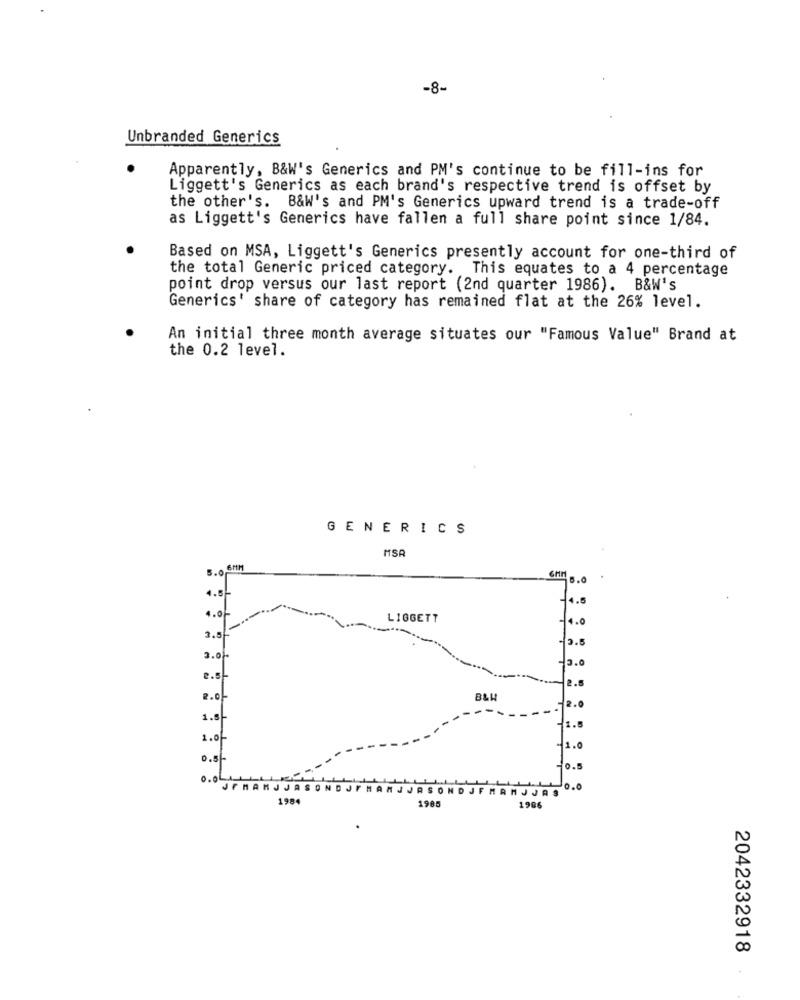
-8-
Unbranded Generics
Apparently, B&W's Generics and PM's continue to be fill-ins for
Liggett's Generics as each brand's respective trend is offset by
the other's. B&W's and PM's Generics upward trend is a trade-off
as Liggett's Generics have fallen a full share point since 1/84.
Based on MSA, Liggett's Generics presently account for one-third of
the total Generic priced category. This equates to a 4 percentage
point drop versus our last report (2nd quarter 1986). B&W's
Generics' share of category has remained flat at the 26% level.
An initial three month average situates our "Famous Value" Brand at
the 0.2 level.
GENERICS
MSR
5.0
4.5
-4.5
4.0
LIGGETT
2.5
2.01
e.s
2.0
1.8
1.0
0.8|
0.0L
0.0
1984
1985
1986
2042332918